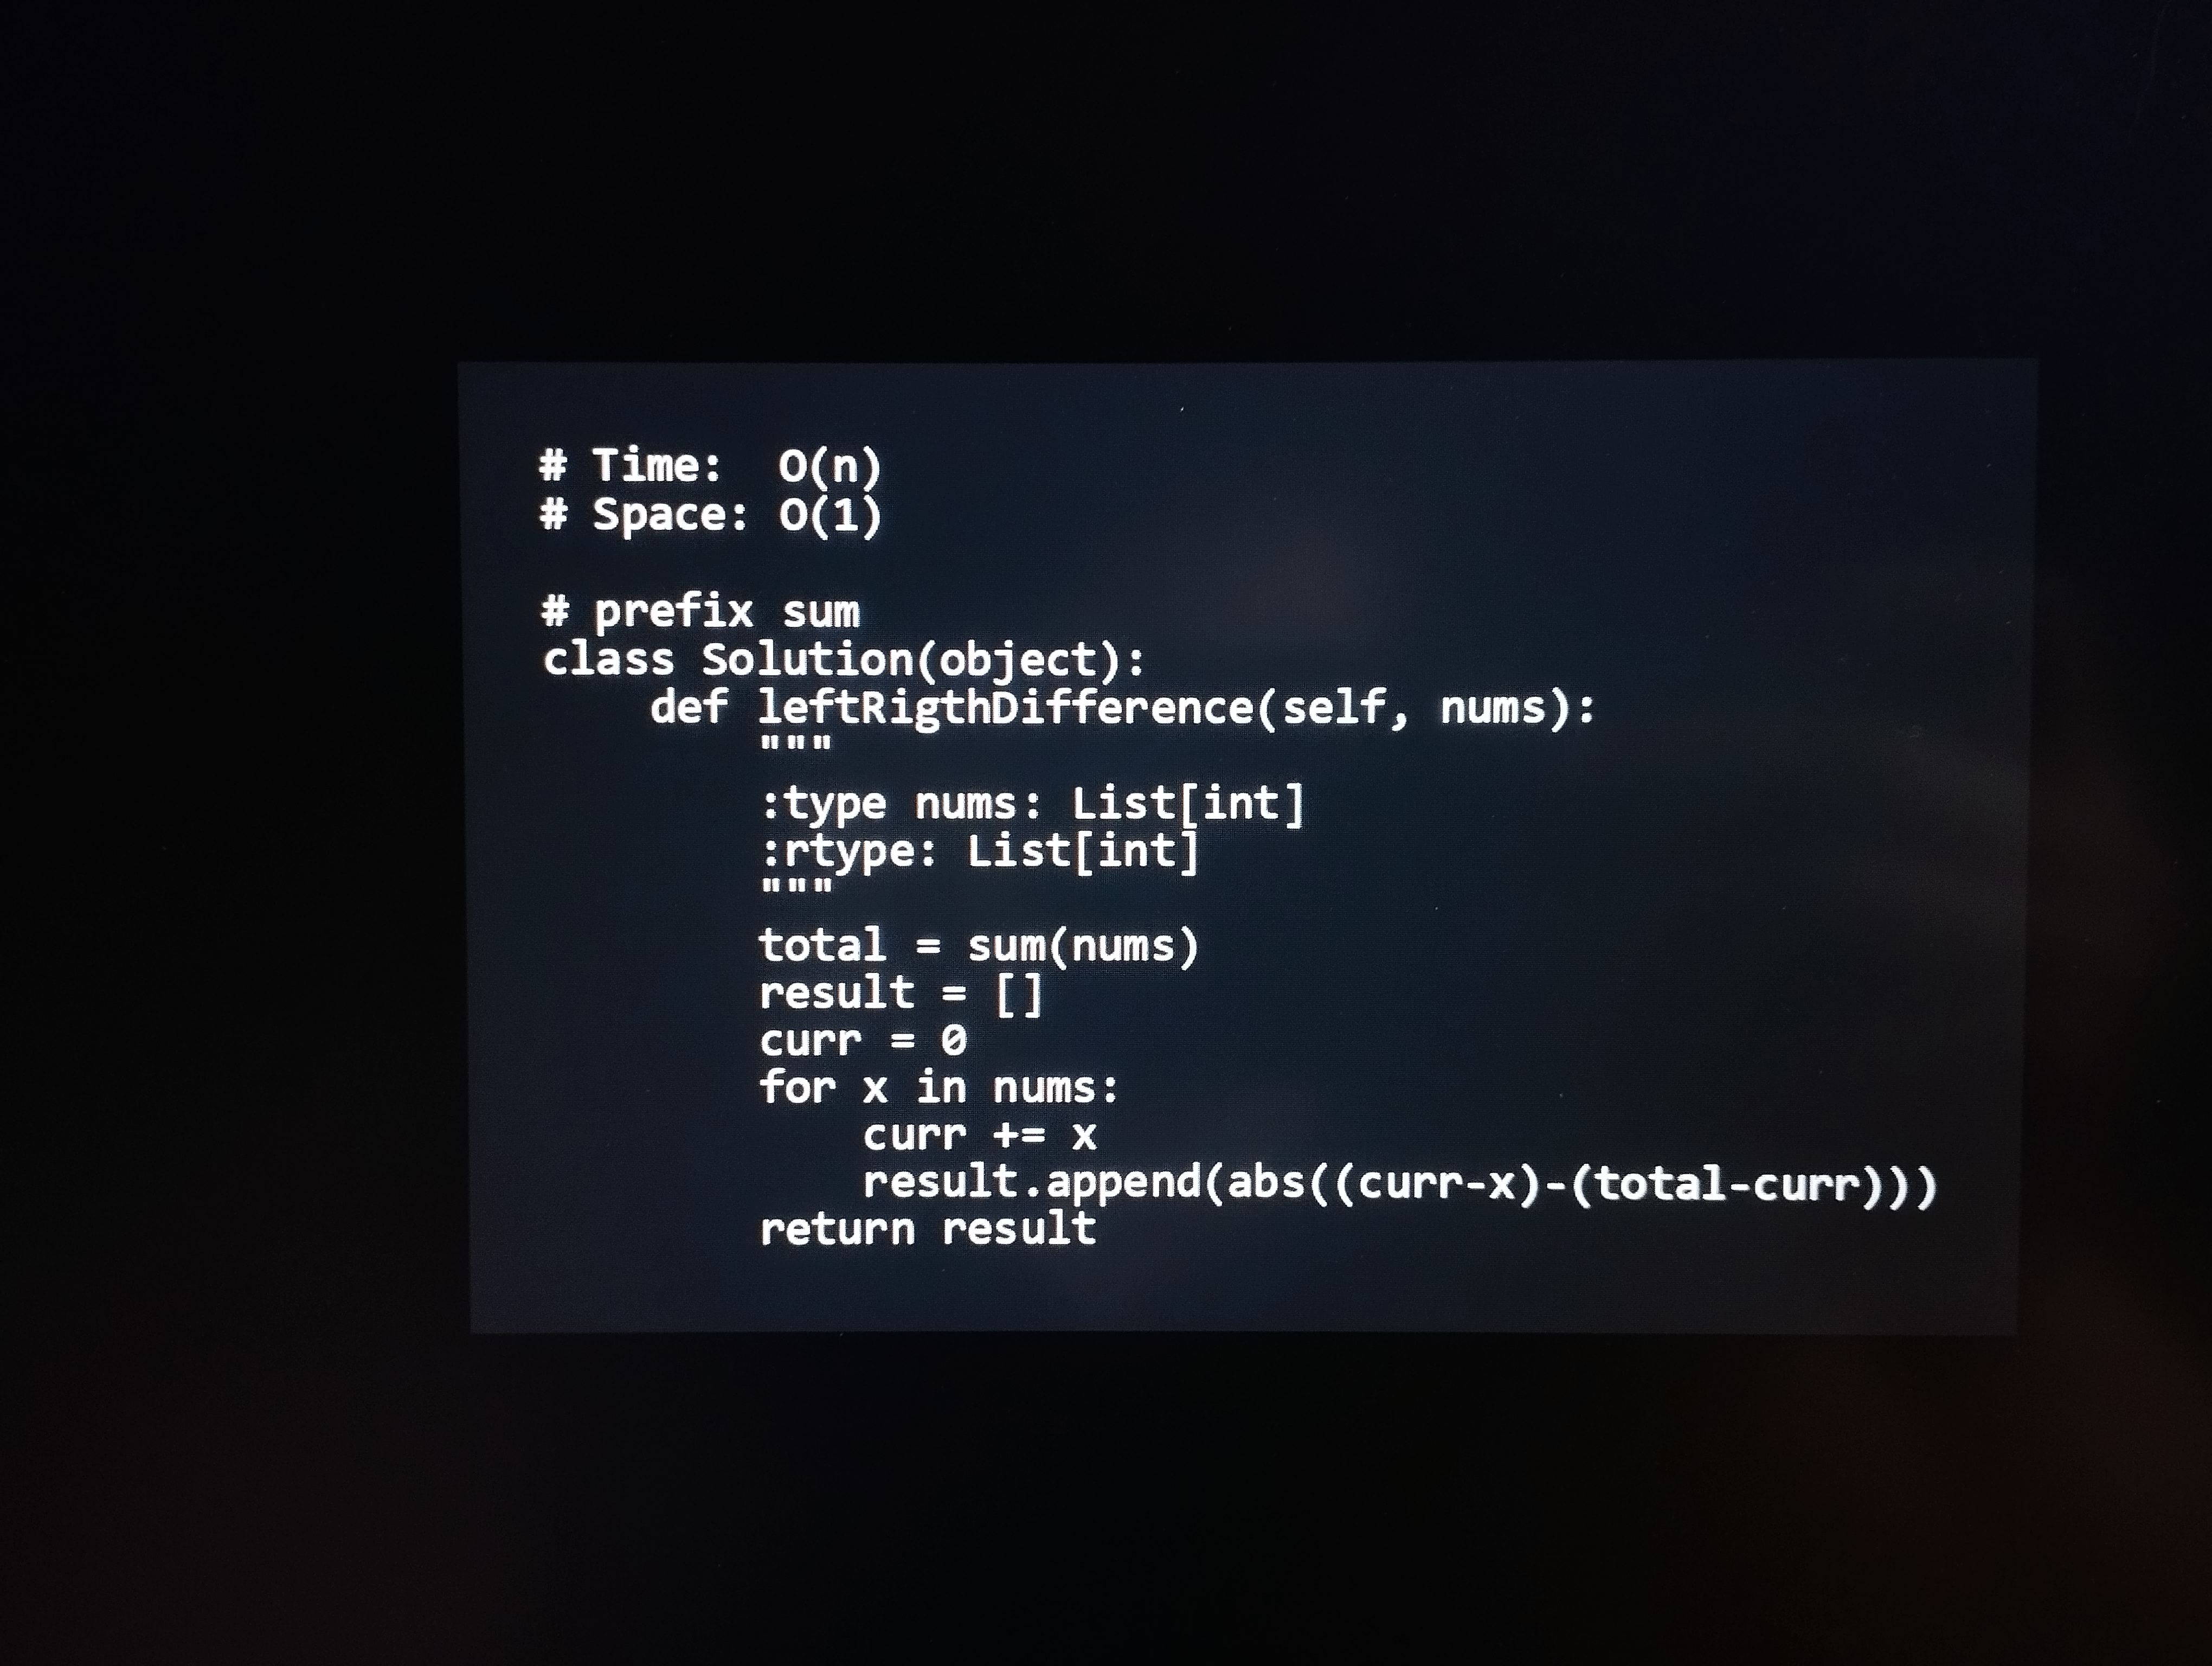
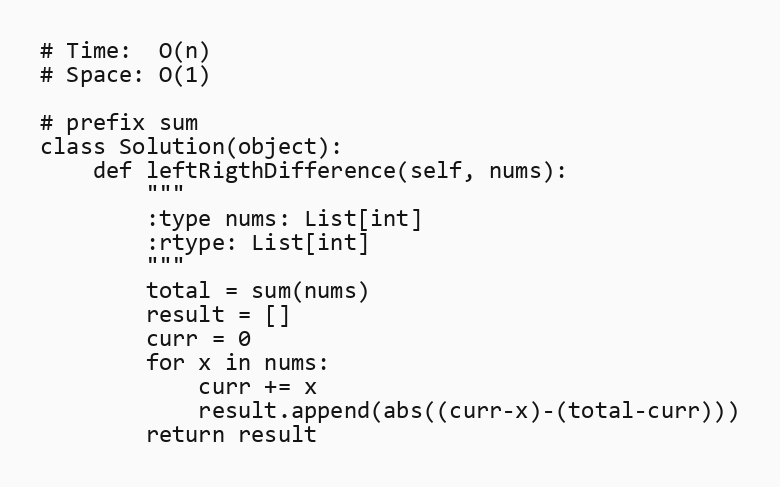
# Time:  O(n)
# Space: O(1)

# prefix sum
class Solution(object):
    def leftRigthDifference(self, nums):
        """
        :type nums: List[int]
        :rtype: List[int]
        """
        total = sum(nums)
        result = []
        curr = 0
        for x in nums:
            curr += x
            result.append(abs((curr-x)-(total-curr)))
        return result